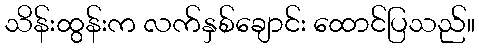
သိန်းထွန်းက လက်နှစ်ချောင်း ထောင်ပြသည်။